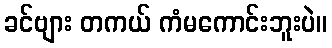
ခင်ဗျား တကယ် ကံမကောင်းဘူးပဲ။